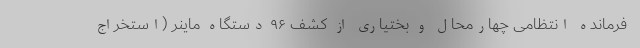
فرمانده انتظامی چهارمحال و بختیاری از کشف ۹۶ دستگاه ماینر (استخراج